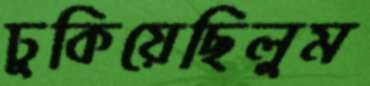
ঢুকিয়েছিলুম